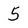
Character: 5